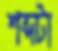
শব্দটা